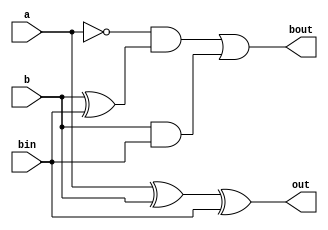
// module restoring_array (
//     input a, b, bin, fbout,  output out, bout
// );
//     wire d;
//     assign d = a ^ b ^ bin;
//     assign bout = (~a) & (b^bin) | (b & bin);
//     assign out = (fbout) ? d : a;
// endmodule

module restoring_array (
    input a, b, bin,  output out, bout
);
    assign out = a ^ b ^ bin;
    assign bout = (~a) & (b^bin) | (b & bin);
endmodule

module array (
    input [7:0]x,
    input [3:0]y,
    input bin1, 
    input bin2,
    input bin3,
    input bin4,
    output [3:0]q, 
    output [3:0]r
);
    wire int1, int2, int3, int4, int5, int6, int7, int8, int9, int10, int11, int12, int13, int14, int15, int16;
    wire o1, o2, o3, o4, o5, o6, o7, o8, o9, o10, o11, o12, o13, o14, o15, o16;
    wire m1, m2, m3, m4, m5, m6, m7, m8, m9, m10, m11, m12;
    
    restoring_array fs1 (.a(x[3]), .b(y[0]), .bin(bin1), .out(o1), .bout(int1));
    restoring_array fs2 (.a(x[4]), .b(y[1]), .bin(int1), .out(o2), .bout(int2));
    restoring_array fs3 (.a(x[5]), .b(y[2]), .bin(int2), .out(o3), .bout(int3));
    restoring_array fs4 (.a(x[6]), .b(y[3]), .bin(int3), .out(o4), .bout(int4));
    assign q[3] = x[7] | ~int4;
    assign m1 = (q[3]) ? o1 : x[3];
    assign m2 = (q[3]) ? o2 : x[4];
    assign m3 = (q[3]) ? o3 : x[5];
    assign m4 = (q[3]) ? o4 : x[6];

    restoring_array fs5 (.a(x[2]), .b(y[0]), .bin(bin2), .out(o5), .bout(int5));
    restoring_array fs6 (.a(m1), .b(y[1]), .bin(int5), .out(o6), .bout(int6));
    restoring_array fs7 (.a(m2), .b(y[2]), .bin(int6), .out(o7), .bout(int7));
    restoring_array fs8 (.a(m3), .b(y[3]), .bin(int7), .out(o8), .bout(int8));
    assign q[2] = m4 | ~int8;
    assign m5 = (q[2]) ? o5 : x[2];
    assign m6 = (q[2]) ? o6 : m1;
    assign m7 = (q[2]) ? o7 : m2;
    assign m8 = (q[2]) ? o8 : m3;

    restoring_array fs9 (.a(x[1]), .b(y[0]), .bin(bin3), .out(o9), .bout(int9));
    restoring_array fs10 (.a(m5), .b(y[1]), .bin(int9), .out(o10), .bout(int10));
    restoring_array fs11 (.a(m6), .b(y[2]), .bin(int10), .out(o11), .bout(int11));
    restoring_array fs12 (.a(m7), .b(y[3]), .bin(int11), .out(o12), .bout(int12));
    assign q[1] = m8 | ~int12;
    assign m9 = (q[1]) ? o9 : x[1];
    assign m10 = (q[1]) ? o10: m5;
    assign m11 = (q[1]) ? o11 : m6;
    assign m12 = (q[1]) ? o12 : m7;

    restoring_array fs13 (.a(x[0]), .b(y[0]), .bin(bin4), .out(o13), .bout(int13));
    restoring_array fs14 (.a(m9), .b(y[1]), .bin(int13), .out(o14), .bout(int14));
    restoring_array fs15 (.a(m10), .b(y[2]), .bin(int14), .out(o15), .bout(int15));
    restoring_array fs16 (.a(m11), .b(y[3]), .bin(int15), .out(o16), .bout(int16));
    assign q[0] = m12 | ~int16;
    assign r[0] = (q[0]) ? o13 : x[0];
    assign r[1] = (q[0]) ? o14 : m9;
    assign r[2] = (q[0]) ? o15 : m10;
    assign r[3] = (q[0]) ? o16 : m11;

endmodule